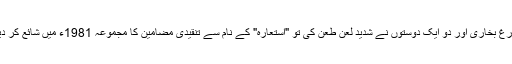
فارغ بخاری اور دو ایک دوستوں نے شدید لعن طعن کی تو "استعارہ" کے نام سے تنقیدی مضامین کا مجموعہ 1981ء میں شائع کر دیا۔